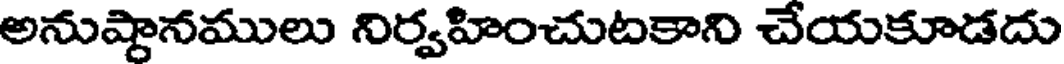
అనుష్టానములు నిర్వహించుటకాని చేయకూడదు